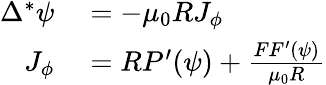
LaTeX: \begin{array}{rl}{\Delta^{*}\psi}&{{}=-\mu_{0}RJ_{\phi}}\\ {J_{\phi}}&{{}=RP^{\prime}(\psi)+\frac{FF^{\prime}(\psi)}{\mu_{0}R}}\end{array}